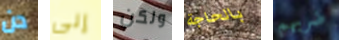
دن إلى ولكن بالحاجة ضربهم